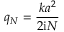
q _ { N } = \frac { k a ^ { 2 } } { 2 \mathrm { i } N }